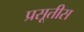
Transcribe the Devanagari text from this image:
प्रसूतीस